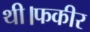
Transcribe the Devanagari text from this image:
थी।फकीर